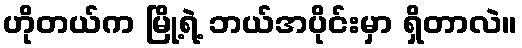
ဟိုတယ်က မြို့ရဲ့ ဘယ်အပိုင်းမှာ ရှိတာလဲ။